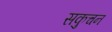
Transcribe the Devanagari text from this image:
सकुचन